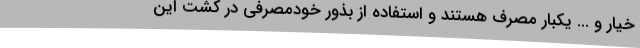
خیار و ... یکبار مصرف هستند و استفاده از بذور خودمصرفی در کشت این